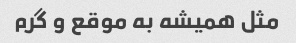
مثل همیشه به موقع و گرم